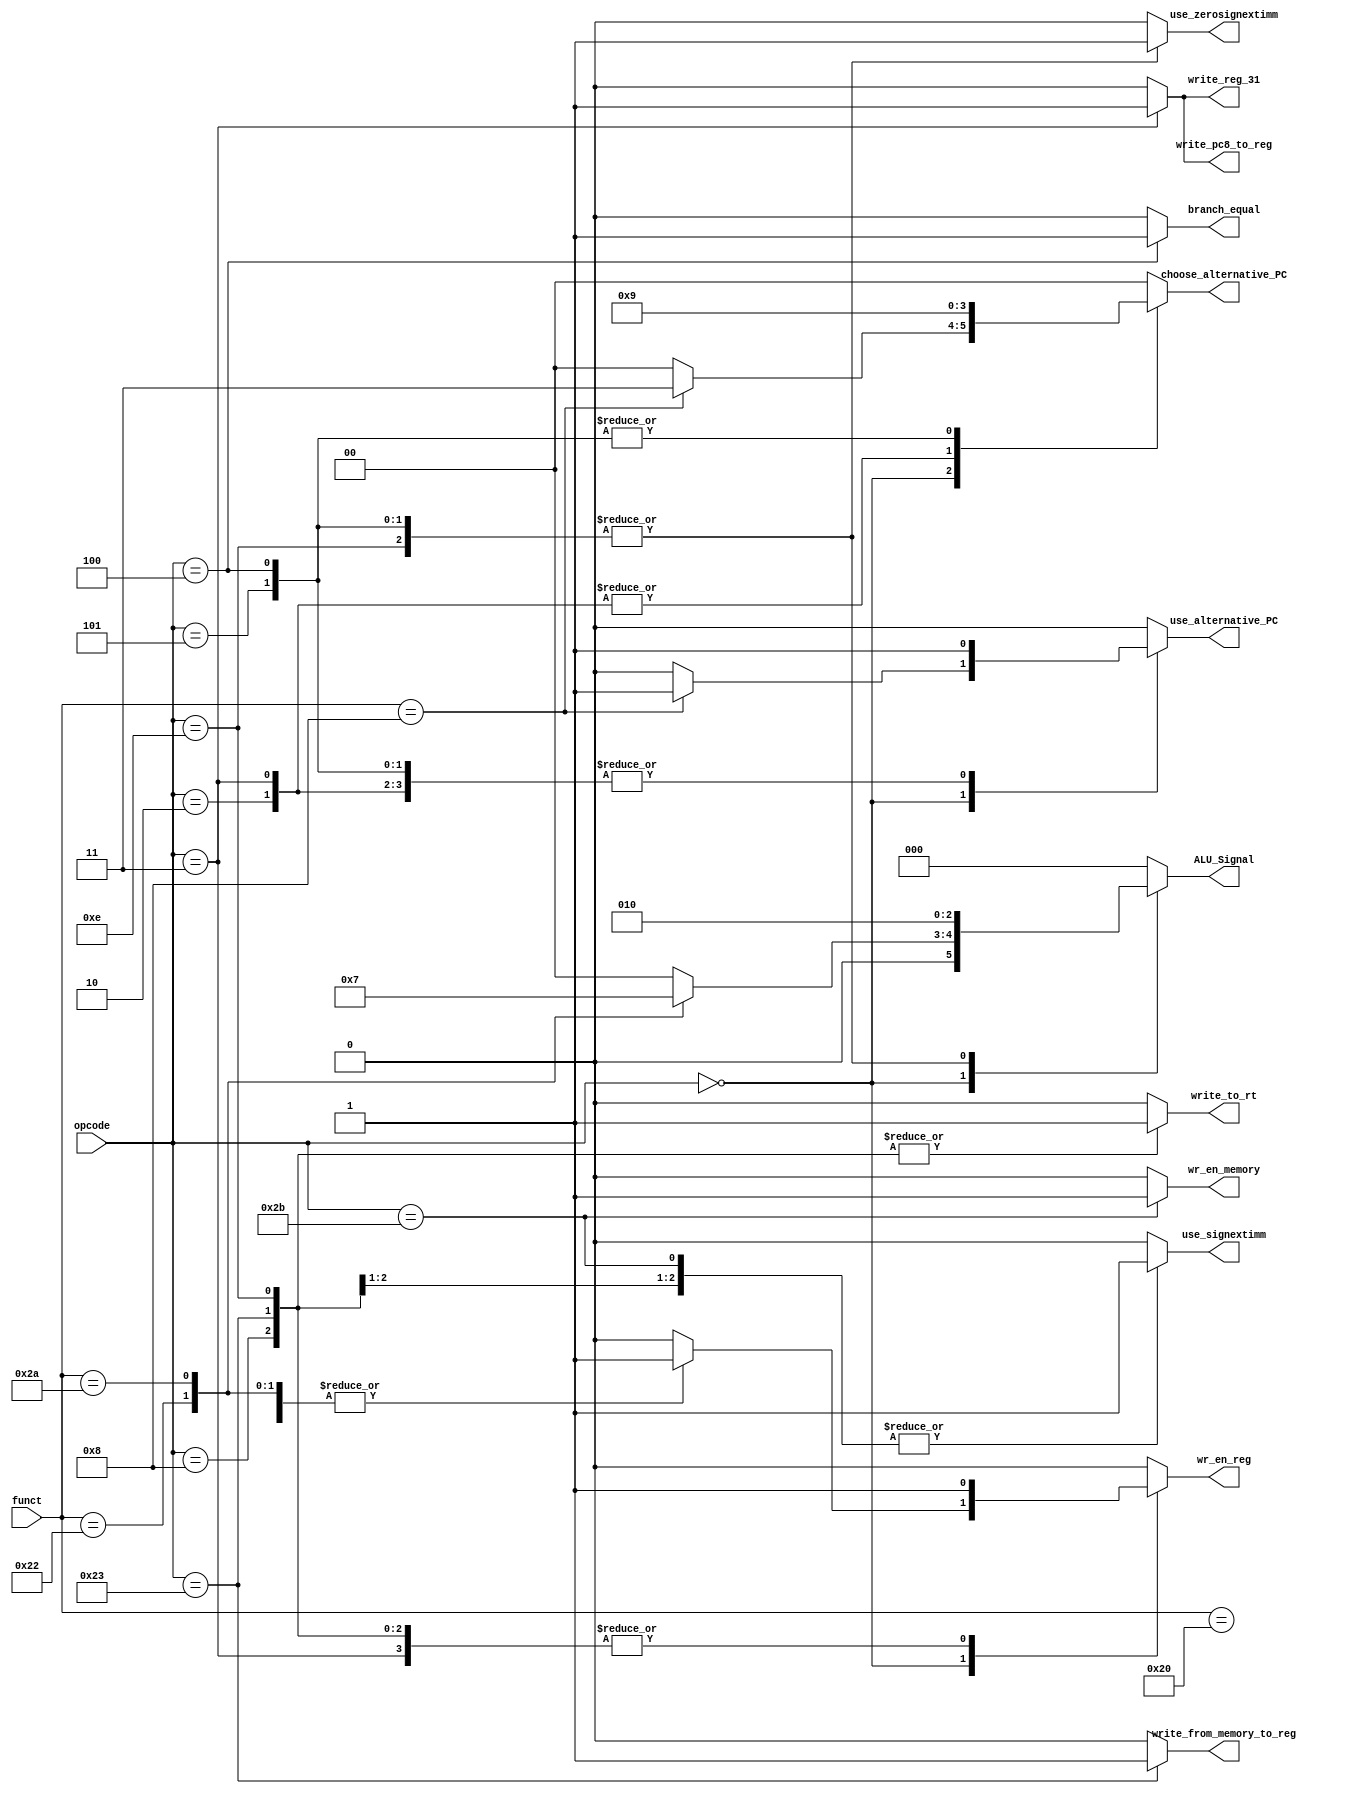
// r type opcode value
`define R_TYPE 6'b000000

// rtype function values to distinguish between them
`define ADD 6'h20
`define SUB 6'h22
`define SLT 6'h2A
`define JR 6'h08

// define j type instructions
`define JUMP 6'b000010
`define JAL 6'b000011

// define i type instructions
`define ADDI 6'b001000
`define XORI 6'b001110
`define BNE 6'b000101
`define BEQ 6'b000100
`define SW 6'b101011
`define LW 6'b100011

// ALU Stuff
`define ALU_ADD  3'd0
`define ALU_SUB  3'd1
`define ALU_XOR  3'd2
`define ALU_SLT  3'd3
`define ALU_AND  3'd4
`define ALU_NAND 3'd5
`define ALU_NOR  3'd6
`define ALU_OR   3'd7

// alternate_PC Mux Stuff
`define JR_PC_ENABLE 3'd3
`define J_JAL_PC_ENABLE 3'd2
`define B_PC_Enable 3'd1


module FSM
(
    output reg wr_en_reg,
    output reg [2:0] ALU_Signal,
    output reg write_from_memory_to_reg,
    output reg write_reg_31,
    output reg write_pc8_to_reg,
    output reg use_alternative_PC,
    output reg [1:0] choose_alternative_PC,
    output reg use_signextimm,
    output reg use_zerosignextimm,
    output reg wr_en_memory,
    output reg write_to_rt,
    output reg branch_equal,
    input [5:0] opcode,
    input [5:0] funct
    
);
    always @(opcode or funct) begin
        wr_en_reg <= 1'b0;
        ALU_Signal <= 3'b0;
        write_from_memory_to_reg <= 1'b0;
        write_reg_31 <= 1'b0;
        write_pc8_to_reg <= 1'b0;
        use_alternative_PC <= 1'b0;
        choose_alternative_PC <= 2'b0;
        use_signextimm <= 1'b0;
        use_zerosignextimm <= 1'b0;
        wr_en_memory <= 1'b0;
        write_to_rt <= 1'b0;
        branch_equal <= 1'b0;

        case(opcode)
            `R_TYPE: begin
                case(funct)
                    `ADD: begin
                        wr_en_reg <= 1'b1;
                        ALU_Signal <= `ALU_ADD;
                    end
                    `SUB: begin
                        wr_en_reg <= 1'b1;
                        ALU_Signal <= `ALU_SUB;
                    end
                    `SLT: begin
                        wr_en_reg <= 1'b1;
                        ALU_Signal <= `ALU_SLT;
                    end
                    `JR: begin
                        ALU_Signal <= `ALU_ADD;
                        use_alternative_PC <= 1'b1;
                        choose_alternative_PC <= `JR_PC_ENABLE;
                    end
                endcase
            end
            `JUMP: begin
                ALU_Signal <= `ALU_ADD;
                use_alternative_PC <= 1'b1;
                choose_alternative_PC <= `J_JAL_PC_ENABLE;
            end
            `JAL: begin
                wr_en_reg <= 1'b1;
                ALU_Signal <= `ALU_ADD;
                write_reg_31 <= 1'b1;
                write_pc8_to_reg <= 1'b1;
                use_alternative_PC <= 1'b1;
                choose_alternative_PC <= `J_JAL_PC_ENABLE;
            end
            `ADDI: begin
                wr_en_reg <= 1'b1;
                ALU_Signal <= `ALU_ADD;
                use_signextimm <= 1'b1;
                write_to_rt <= 1'b1;
            end
            `XORI: begin
                wr_en_reg <= 1'b1;
                ALU_Signal <= `ALU_XOR;
                use_zerosignextimm <= 1'b1;
                write_to_rt <= 1'b1;
            end
            `BNE: begin // set use_alternative_PC in the cpu: HIGH if if r[rs] == r[rt]
                ALU_Signal <= `ALU_XOR;
                choose_alternative_PC <= `B_PC_Enable;
                use_zerosignextimm <= 1'b1;
                use_alternative_PC <= 1'b1;
            end
            `BEQ: begin // set use_alternative_PC in the cpu: HIGH if r[rs] == r[rt]
                ALU_Signal <= `ALU_XOR;
                choose_alternative_PC <= `B_PC_Enable;
                use_alternative_PC <= 1'b1;
                use_zerosignextimm <= 1'b1;
                branch_equal <= 1'b1;
            end
            `SW: begin
                ALU_Signal <= `ALU_ADD;
                wr_en_memory <= 1'b1;
                use_signextimm <= 1'b1;
            end
            `LW: begin
                wr_en_reg <= 1'b1;
                ALU_Signal <= `ALU_ADD;
                write_to_rt <= 1'b1;
                write_from_memory_to_reg <= 1'b1;
                use_signextimm <= 1'b1;

            end
        endcase
    end
endmodule